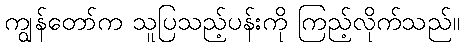
ကျွန်တော်က သူပြသည့်ပန်းကို ကြည့်လိုက်သည်။